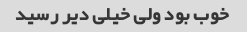
خوب بود ولی خیلی دیر رسید